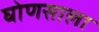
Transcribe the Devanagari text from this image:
घोणसाला